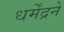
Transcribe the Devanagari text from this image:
धर्मेंद्रने